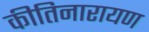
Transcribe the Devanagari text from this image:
कीतिनारायण